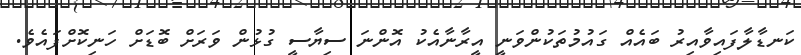
ކަނޑާލާފައިވާއިރު ބައެއް ގައުމުތަކުންވަނީ އީރާނާއެކު އޮންނަ ސިޔާސީ ގުޅުން ވަރަށް ބޮޑަށް ހަނިކޮށްފައެވެ.